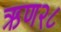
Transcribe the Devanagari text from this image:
ऋण२८